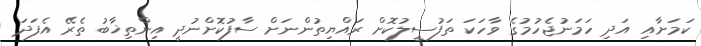
ކަމަށާއި އަދި ހަމަނުޖެހުމުގެ ވާހަކަ ތަފުސީލުކޮށް ރައްޔިތުންނަށް ސާފުކޮށްނުދީ އިންތިޚާބު ތެރޭ އެފަދަ